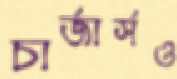
চার্জার্সও